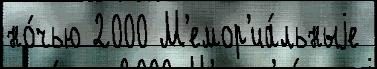
но́чью 2000 М'емор'иа́льныjе